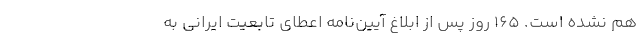
هم نشده است. ۱۶۵ روز پس از ابلاغ آيين‌نامه اعطاي تابعيت ايراني به